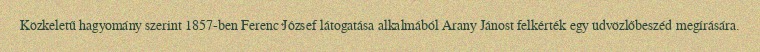
Közkeletű hagyomány szerint 1857-ben Ferenc József látogatása alkalmából Arany Jánost felkérték egy üdvözlőbeszéd megírására.